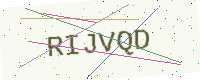
Text: RIJVQD